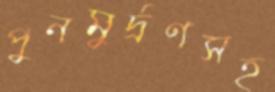
পুনমুর্দ্রণসহ